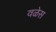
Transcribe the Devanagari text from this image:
वळेस